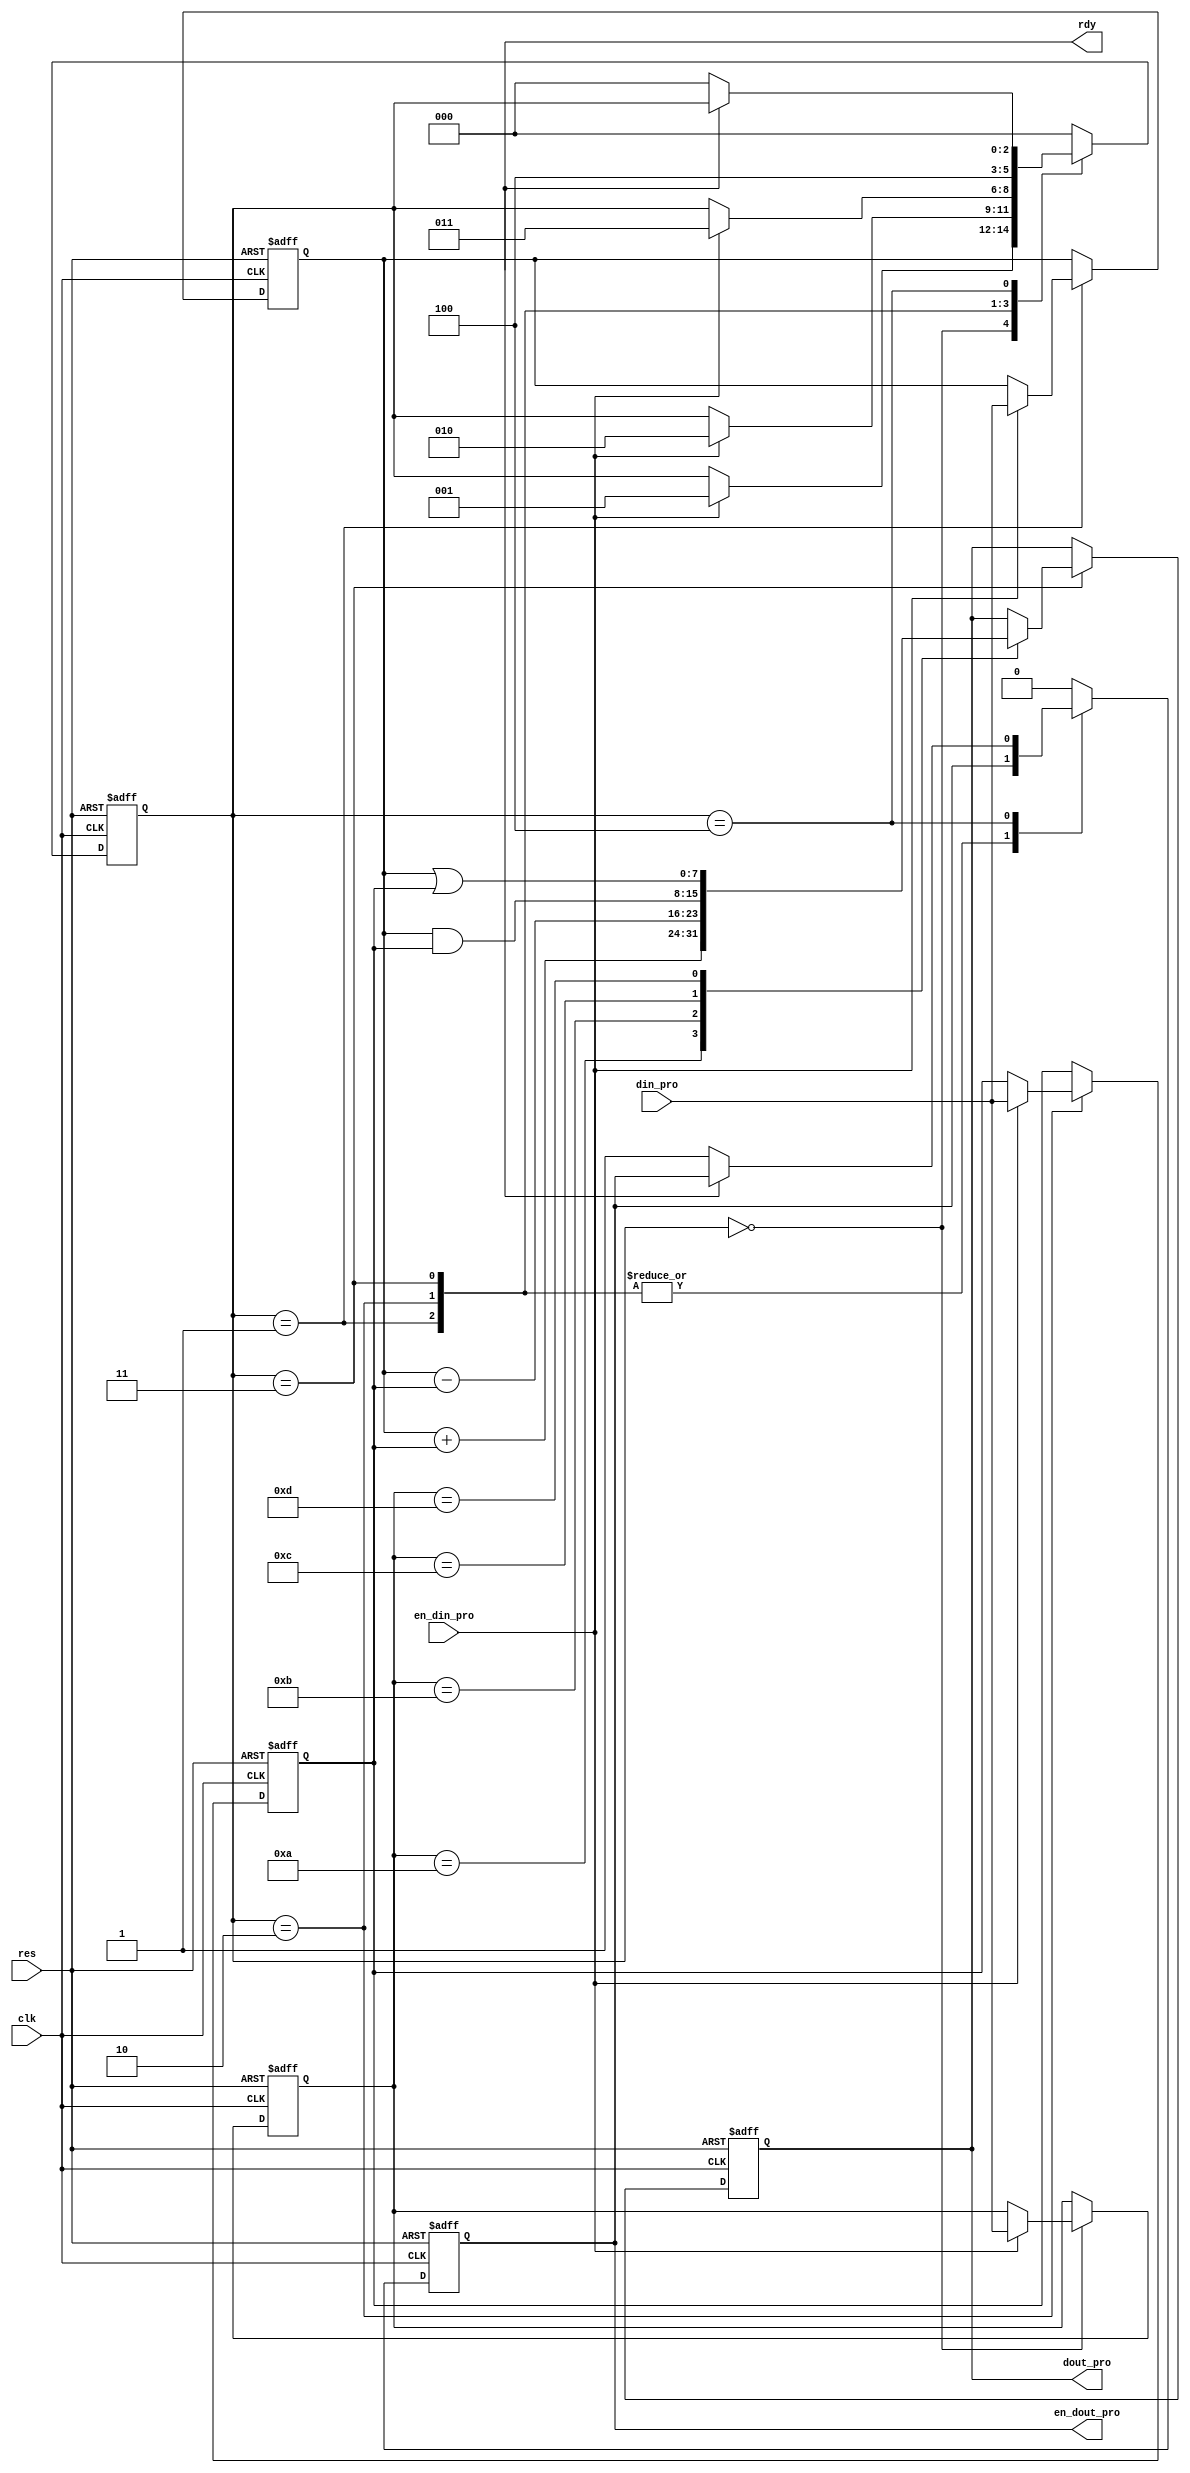
/* 
 * 
 * 
 * CMDAB
 * 
 * CMD     Operation
 * 8'H0A      A+B
 * 8'H0B      A-B
 * 8'H0C      A&B
 * 8'H0D      A|B
 *       
 */

module cmd_pro(
                clk, 
                res, 
                din_pro, 
                en_din_pro, 
                dout_pro, 
                en_dout_pro,
                rdy
);
input           clk;
input           res;
input[7:0]      din_pro;        //
input           en_din_pro;     //
output[7:0]     dout_pro;       //
output          en_dout_pro;    //
output          rdy;            //

parameter       addx = 8'h0a;
parameter       subx = 8'h0b;
parameter       andx = 8'h0c;
parameter       orx  = 8'h0d;
reg[2:0]        state;          //
reg[7:0]        cmd, A, B;      //
reg[7:0]        dout_pro;
reg             en_dout_pro;
always @(posedge clk or negedge res) begin
    if(~res)begin
        state <= 0; cmd <= 0; A <= 0; B <= 0; dout_pro <= 0; 
        en_dout_pro <= 0;
    end
    else begin
        case(state)
        0://CMD
        begin
            en_dout_pro <= 0;
            if(en_din_pro)begin
                cmd <= din_pro;
                state <= 1;
            end
        end
        1://A
        begin
            if (en_din_pro)begin
                A <= din_pro;
                state <= 2;
            end
        end
        2://B
        begin
            if (en_din_pro)begin
                B <= din_pro;
                state <= 3;
            end
        end
        3://
        begin
            case(cmd)
            addx: begin dout_pro <= A+B; end 
            subx: begin dout_pro <= A-B; end
            andx: begin dout_pro <= A&B; end
            orx:  begin dout_pro <= A|B; end
            endcase
            state <= 4;
        end
        4://
        begin
            if(~rdy)begin
                en_dout_pro <= 1;
                state <= 0;
            end
        end
        default:
        begin
            state <= 0;
            en_dout_pro <= 0;
        end
        endcase
    end
end
endmodule